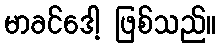
မာခင်ဒေါ့ ဖြစ်သည်။